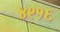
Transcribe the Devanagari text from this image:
४९१६